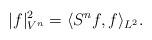
LaTeX: \begin{align*}|f|^2_{V^n}=\langle S^nf, f\rangle_{L^2}.\end{align*}